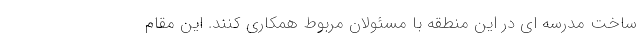
ساخت مدرسه ای در این منطقه با مسئولان مربوط همکاری کنند. این مقام